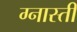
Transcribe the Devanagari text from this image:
ग्नास्ती